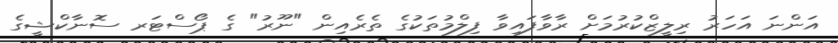
އަންނަ އަހަރު ރިލީޒްކުރުމަށް ރާވާފައިވާ ފިލްމުތަކުގެ ތެރެއިން "ނޫރު" ގެ ޕޯސްޓަރ ސޮނާކްޝީގެ